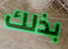
بذلك